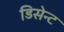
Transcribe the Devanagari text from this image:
डिसेन्ट